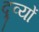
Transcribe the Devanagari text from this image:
द्र्व्यों